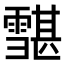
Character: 𩅷